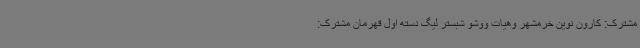
مشترک: کارون نوین خرمشهر وهیات ووشو شبستر لیگ دسته اول قهرمان مشترک: